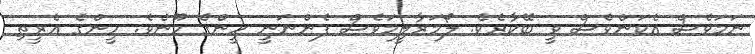
ނަމަވެސް އެކަންވެސް ވީ ބޭކާރެވެ. ލޯމަރާލީމަވެސް ފެންނަނީ ހީންގެ މޫނެވެ. ހީންގެ އެރީތި